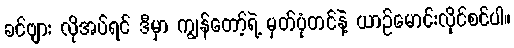
ခင်ဗျား လိုအပ်ရင် ဒီမှာ ကျွန်တော့်ရဲ့ မှတ်ပုံတင်နဲ့ ယာဉ်မောင်းလိုင်စင်ပါ။